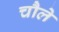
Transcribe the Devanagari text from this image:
चौले